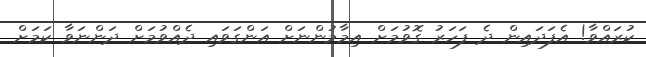
ކުރައްވާ! އެފަދައިން ދެ ފަހަރު ގޮވުމަށް އިމާމުންނަށް އަންގަވައި ދެއްވުމަށް ދަންނަވާ ކަމަށް